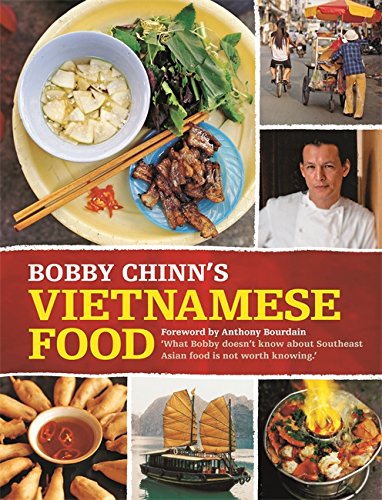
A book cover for Bobby Chinn's Vietnamese Food; Bobby Chinn; Cookbooks, Food & Wine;